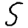
Digit: 5